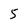
Character: 5